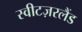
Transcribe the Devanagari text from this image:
स्वीटज़रलैंड